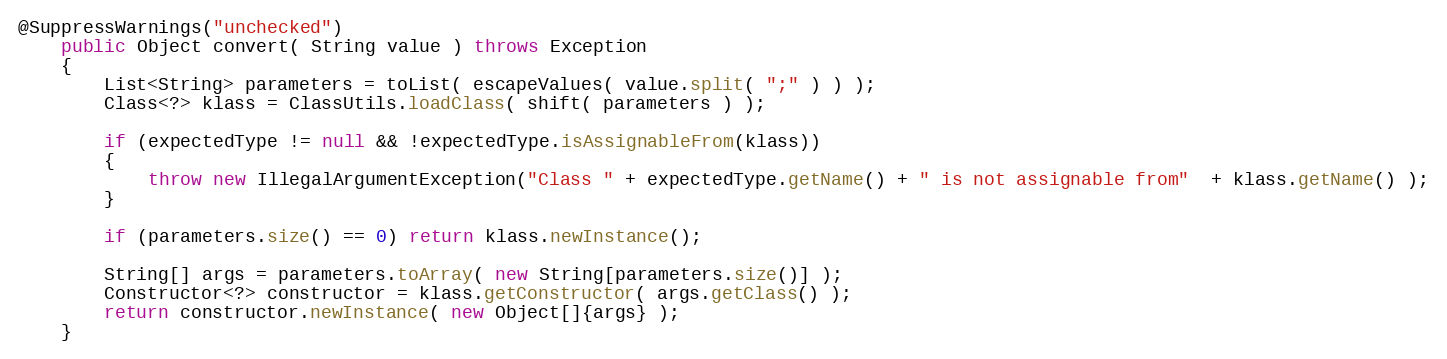
Language: Java
@SuppressWarnings("unchecked")
    public Object convert( String value ) throws Exception
    {
        List<String> parameters = toList( escapeValues( value.split( ";" ) ) );
        Class<?> klass = ClassUtils.loadClass( shift( parameters ) );

        if (expectedType != null && !expectedType.isAssignableFrom(klass))
        {
            throw new IllegalArgumentException("Class " + expectedType.getName() + " is not assignable from"  + klass.getName() );
        }

        if (parameters.size() == 0) return klass.newInstance();

        String[] args = parameters.toArray( new String[parameters.size()] );
        Constructor<?> constructor = klass.getConstructor( args.getClass() );
        return constructor.newInstance( new Object[]{args} );
    }